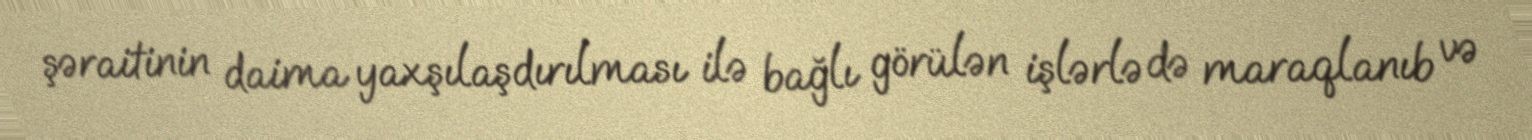
şəraitinin daima yaxşılaşdırılması ilə bağlı görülən işlərlə də maraqlanıb və